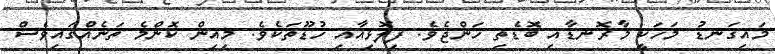
މައިގަނޑު މަހަކީ މާރޮނޑާއި ބޮޑެތި ހަންޖެވެ. ފިލޮޅިއާއި ހުޑޫތަކެވެ. މިއިން ކޮންމެ ތަނެއްގައިވެސް